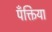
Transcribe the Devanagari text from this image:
पँक्तिया